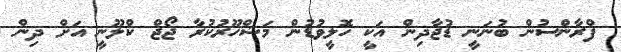
ފްރާންސުން ބުނަނީ ޑުޖާދިން އަކީ ހޮލީވުޑުން މަޝްހޫރުކުރާ ޖޯޖް ކްލޫނީ އަށް ދިން